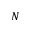
N